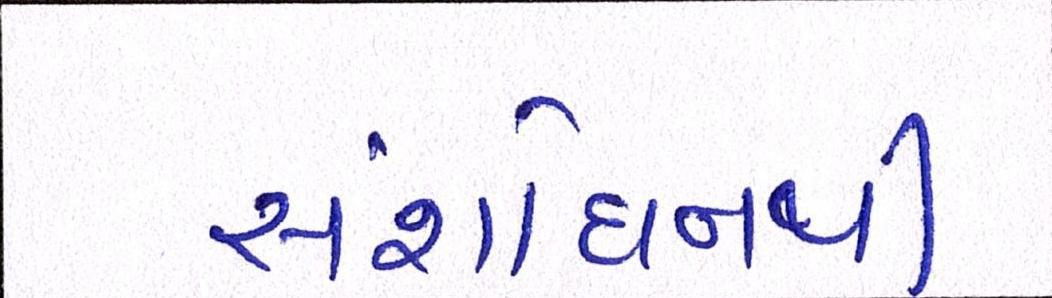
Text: સંશોધનથી